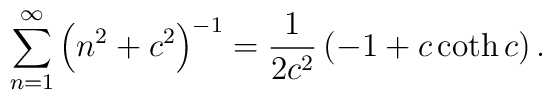
\sum_{n=1}^\infty  \left( n^2 + c^2 \right)^{-1}=\frac{1}{2c^2} \left( -1 + c \coth c \right).